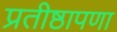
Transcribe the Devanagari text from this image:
प्रतीष्ठापणा